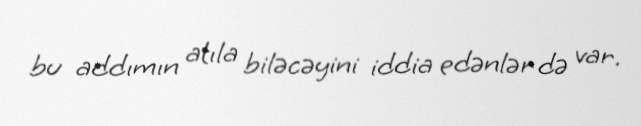
bu addımın atıla biləcəyini iddia edənlər də var.